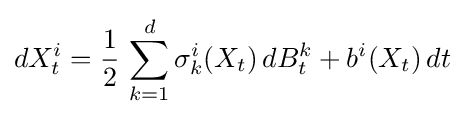
dX_{t}^{i}={\frac {1}{2}}\,\sum _{k=1}^{d}\sigma _{k}^{i}(X_{t})\,dB_{t}^{k}+b^{i}(X_{t})\,dt